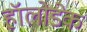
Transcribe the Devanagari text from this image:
हॉलोडेक